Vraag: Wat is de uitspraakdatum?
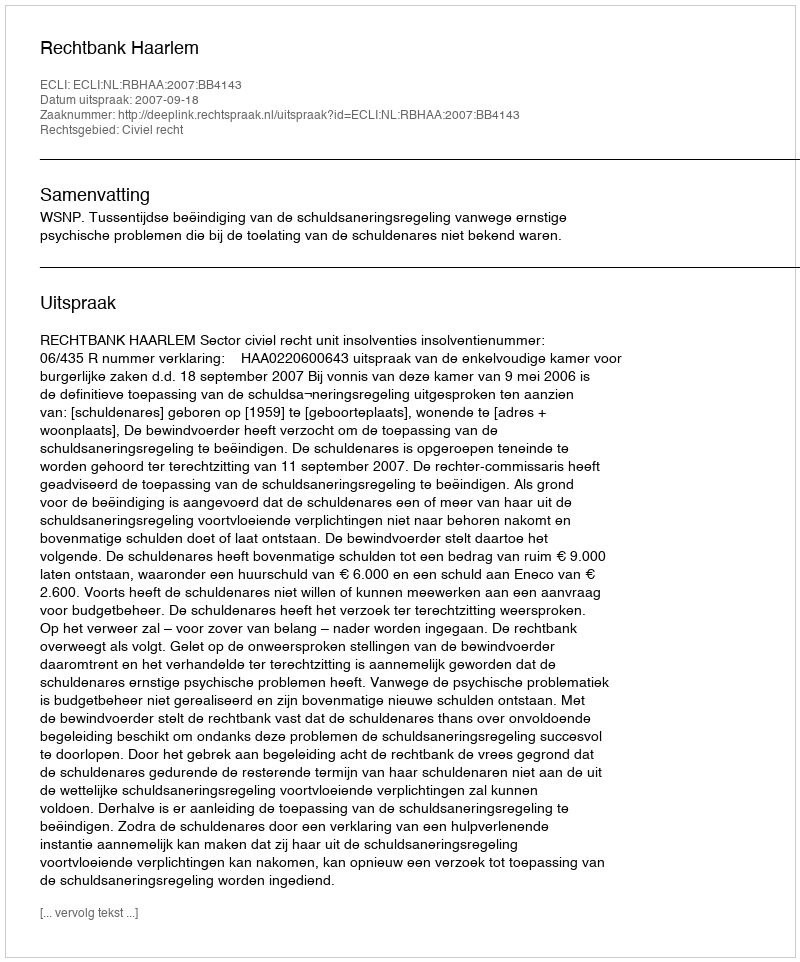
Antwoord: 2007-09-18